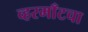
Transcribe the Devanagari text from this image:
व्हरमाँटचा